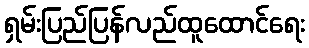
ရှမ်းပြည်ပြန်လည်ထူထောင်ရေး